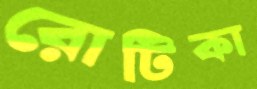
রোটিকা